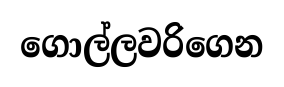
ගොල්ලවරිගෙන